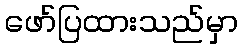
ဖော်ပြထားသည်မှာ